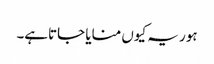
ہور یہ کیوں منایا جاتاہے۔